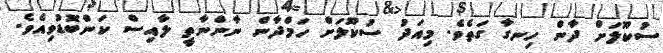
ސުކޫލަށް ދާން ހިނގާ ގަތެވެ. މިއަދު ސުކޫލަށް ހަމްދާން ނާންނާތީ ލާއިސް ކަންބޮޑުވިއެވެ.